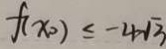
f ( x _ { 0 } ) \leq - 4 \sqrt { 3 }